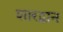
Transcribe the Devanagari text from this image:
शारद्वान